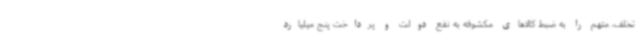
تخلف، متهم را به ضبط کالاهای مکشوفه به نفع دولت و پرداخت پنج میلیارد